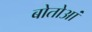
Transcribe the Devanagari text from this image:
बोतोआं